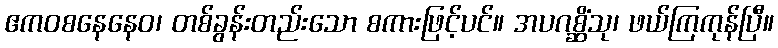
ဧကဝစနေနေဝ၊ တစ်ခွန်းတည်းသော စကားဖြင့်ပင်။ အပဂစ္ဆိံသု၊ ဖယ်ကြကုန်ပြီ။